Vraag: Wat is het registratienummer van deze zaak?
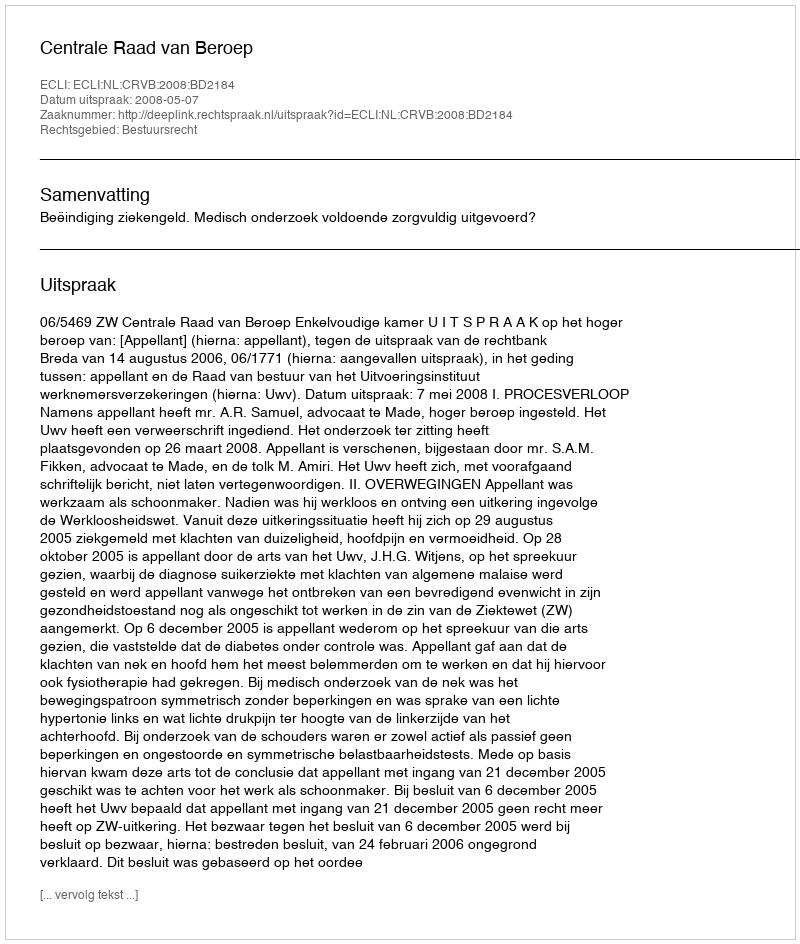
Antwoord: http://deeplink.rechtspraak.nl/uitspraak?id=ECLI:NL:CRVB:2008:BD2184